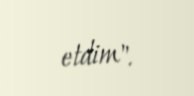
etdim".